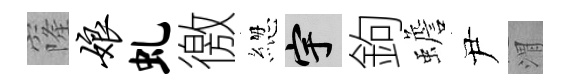
窿娘虬徼緫宇鉤蟾尹渭